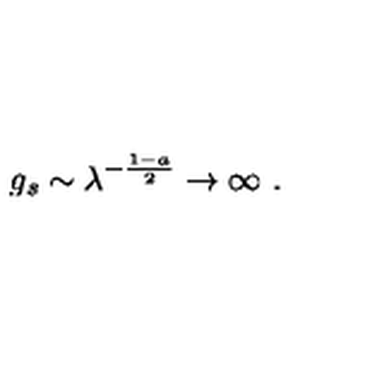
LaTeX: g _ { s } \sim \lambda ^ { - { \frac { 1 - a } { 2 } } } \to \infty \ .